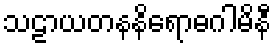
သဠာယတနနိရောဓဂါမိနီ